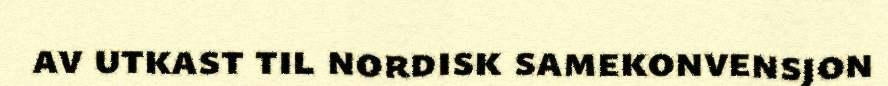
av utkast til nordisk samekonvensjon